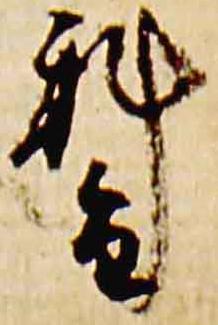
科